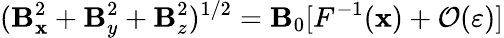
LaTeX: (\mathbf{B}_{\mathbf{x}}^{2}+\mathbf{B}_{y}^{2}+\mathbf{B}_{z}^{2})^{1/2}=\mathbf{B}_{0}[F^{-1}(\mathbf{x})+\mathcal{{O}}(\varepsilon)]